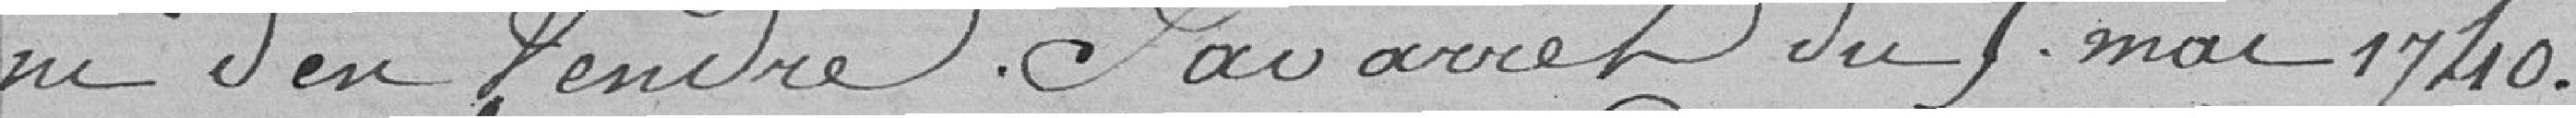
ni d'en vendre par arrêt du 6 mai 1740.